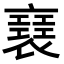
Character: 𧝑